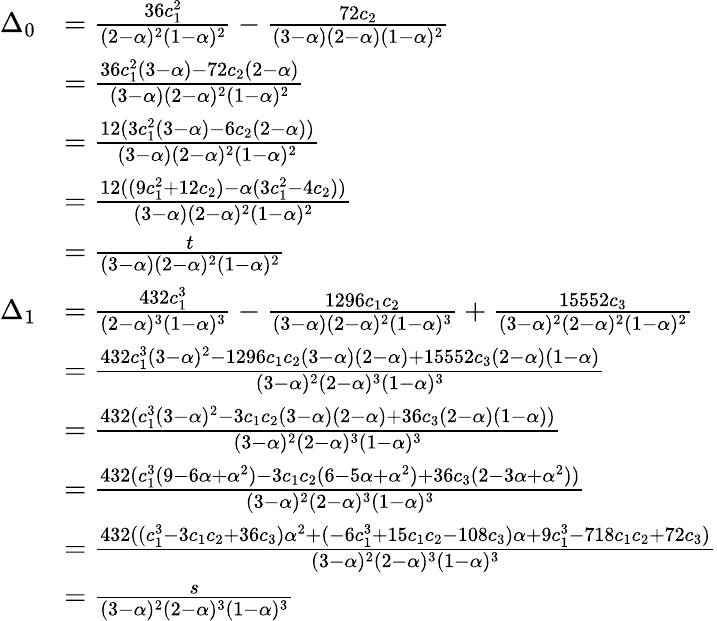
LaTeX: \begin{array}{rl}{\Delta_{0}}&{=\frac{36c_{1}^{2}}{(2-\alpha)^{2}(1-\alpha)^{2}}-\frac{72c_{2}}{(3-\alpha)(2-\alpha)(1-\alpha)^{2}}}\\ &{=\frac{36c_{1}^{2}(3-\alpha)-72c_{2}(2-\alpha)}{(3-\alpha)(2-\alpha)^{2}(1-\alpha)^{2}}}\\ &{=\frac{12(3c_{1}^{2}(3-\alpha)-6c_{2}(2-\alpha))}{(3-\alpha)(2-\alpha)^{2}(1-\alpha)^{2}}}\\ &{=\frac{12((9c_{1}^{2}+12c_{2})-\alpha(3c_{1}^{2}-4c_{2}))}{(3-\alpha)(2-\alpha)^{2}(1-\alpha)^{2}}}\\ &{=\frac{t}{(3-\alpha)(2-\alpha)^{2}(1-\alpha)^{2}}}\\ {\Delta_{1}}&{=\frac{432c_{1}^{3}}{(2-\alpha)^{3}(1-\alpha)^{3}}-\frac{1296c_{1}c_{2}}{(3-\alpha)(2-\alpha)^{2}(1-\alpha)^{3}}+\frac{15552c_{3}}{(3-\alpha)^{2}(2-\alpha)^{2}(1-\alpha)^{2}}}\\ &{=\frac{432c_{1}^{3}(3-\alpha)^{2}-1296c_{1}c_{2}(3-\alpha)(2-\alpha)+15552c_{3}(2-\alpha)(1-\alpha)}{(3-\alpha)^{2}(2-\alpha)^{3}(1-\alpha)^{3}}}\\ &{=\frac{432(c_{1}^{3}(3-\alpha)^{2}-3c_{1}c_{2}(3-\alpha)(2-\alpha)+36c_{3}(2-\alpha)(1-\alpha))}{(3-\alpha)^{2}(2-\alpha)^{3}(1-\alpha)^{3}}}\\ &{=\frac{432(c_{1}^{3}(9-6\alpha+\alpha^{2})-3c_{1}c_{2}(6-5\alpha+\alpha^{2})+36c_{3}(2-3\alpha+\alpha^{2}))}{(3-\alpha)^{2}(2-\alpha)^{3}(1-\alpha)^{3}}}\\ &{=\frac{432((c_{1}^{3}-3c_{1}c_{2}+36c_{3})\alpha^{2}+(-6c_{1}^{3}+15c_{1}c_{2}-108c_{3})\alpha+9c_{1}^{3}-718c_{1}c_{2}+72c_{3})}{(3-\alpha)^{2}(2-\alpha)^{3}(1-\alpha)^{3}}}\\ &{=\frac{s}{(3-\alpha)^{2}(2-\alpha)^{3}(1-\alpha)^{3}}}\end{array}